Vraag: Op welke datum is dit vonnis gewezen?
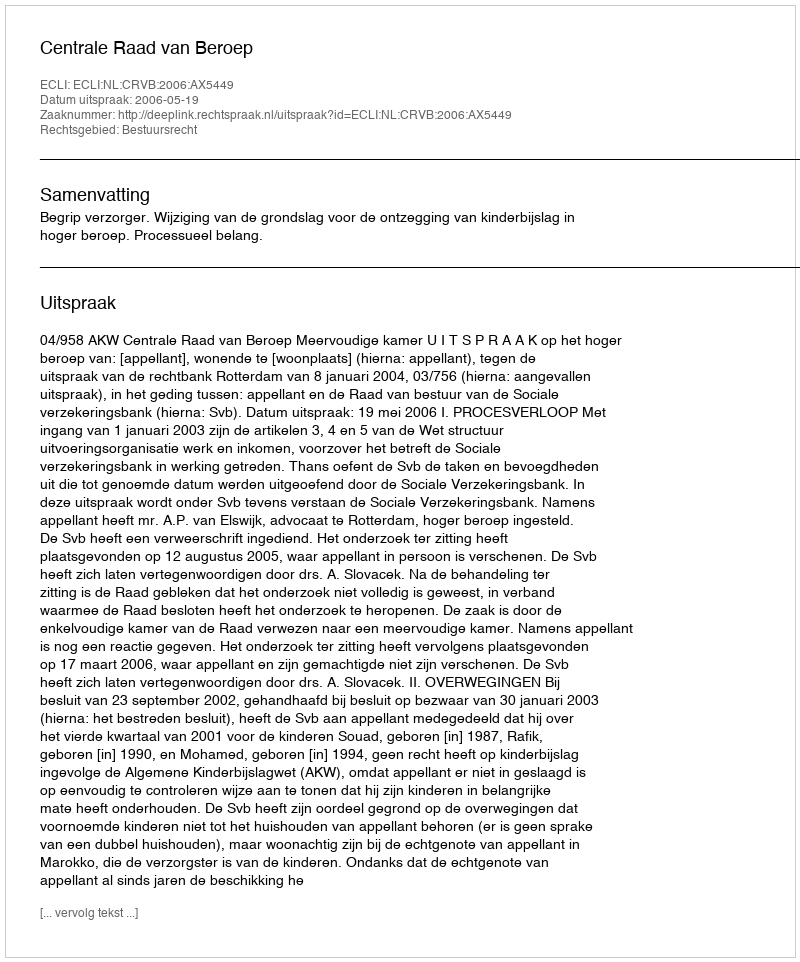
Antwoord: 2006-05-19